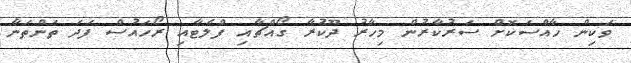
ވަކިން ހާއްސަކޮށް ސަރުކާރުން މިހާރު ދޫކުރާ ގޯއްޗާއި ފްލެޓާއި ރޯހައުސް ފަދަ ތަންތަނާ